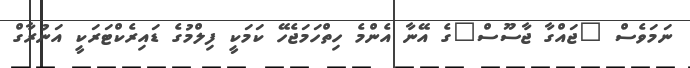
ނަމަވެސް "ޖައްގާ ޖާސޫސް"ގެ އޭނާ އެންމެ ހިތްހަމަޖެހޭ ކަމަކީ ފިލްމުގެ ޑައިރެކްޓަރަކީ އަނުރާގް